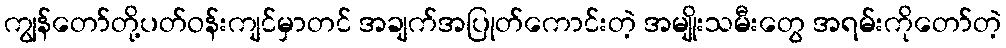
ကျွန်တော်တို့ပတ်ဝန်းကျင်မှာတင် အချက်အပြုတ်ကောင်းတဲ့ အမျိုးသမီးတွေ အရမ်းကိုတော်တဲ့